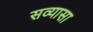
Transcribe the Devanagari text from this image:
सव्यासा